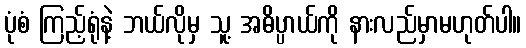
ပုံစံ ကြည့်ရုံနဲ့ ဘယ်လိုမှ သူ့ အဓိပ္ပာယ်ကို နားလည်မှာမဟုတ်ပါ။